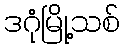
ဒဂုံမြို့သစ်